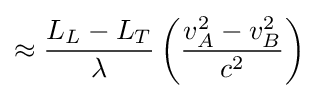
\approx {\frac {L_{L}-L_{T}}{\lambda }}\left({\frac {v_{A}^{2}-v_{B}^{2}}{c^{2}}}\right)